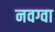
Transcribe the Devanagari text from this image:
नवग्वा